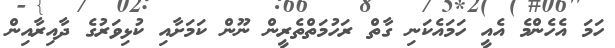
ހަމަ އެހެންމެ އެއީ ހަމައެކަނި ގާތް ރަހުމަތްތެރީން ނޫން ކަމަށާއި ކުޅިވަރުގެ ދާއިރާއިން